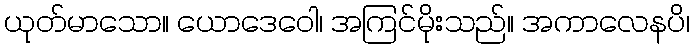
ယုတ်မာသော။ ယောဒေဝေါ၊ အကြင်မိုးသည်။ အကာလေနပိ၊